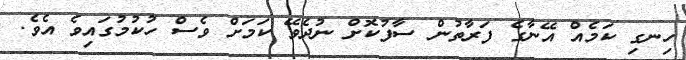
ހިނގި ކަމެއް އޭނާގެ ފަރާތުން ސާފުކޮށް ނުދެވޭ ކަމަށް ވެސް ހުކުމުގައިވެ އެވެ.